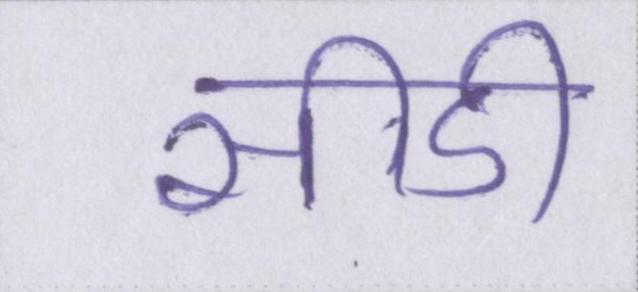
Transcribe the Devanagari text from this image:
सीडी